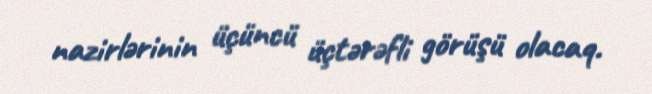
nazirlərinin üçüncü üçtərəfli görüşü olacaq.